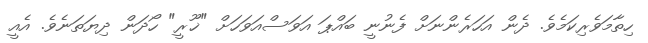
ހިތާމަވެރިކަމެވެ. ދެން އަހަރެންނަށް ފެނުނީ ބައްޕަ އަވަސްއަވަހަށް "ޚޫރީ" ހޯދަން ދިޔަތަނެވެ. އެއީ